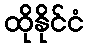
ထိုနိုင်ငံ